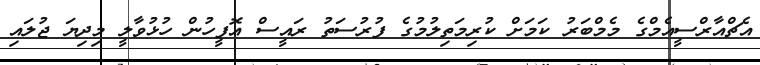
އެޗްއާރްސީއެމްގެ މެމްބަރު ކަމަށް ކުރިމަތިލުމުގެ ފުރުސަތު ރައީސް އޮފީހުން ހުޅުވާލީ މިދިޔަ ޖުލައި